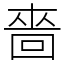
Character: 嗇